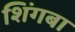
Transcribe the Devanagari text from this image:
शिंगबा